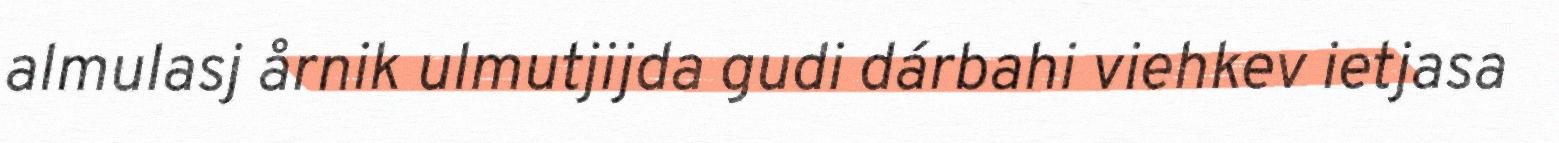
almulasj årnik ulmutjijda gudi dárbahi viehkev ietjasa